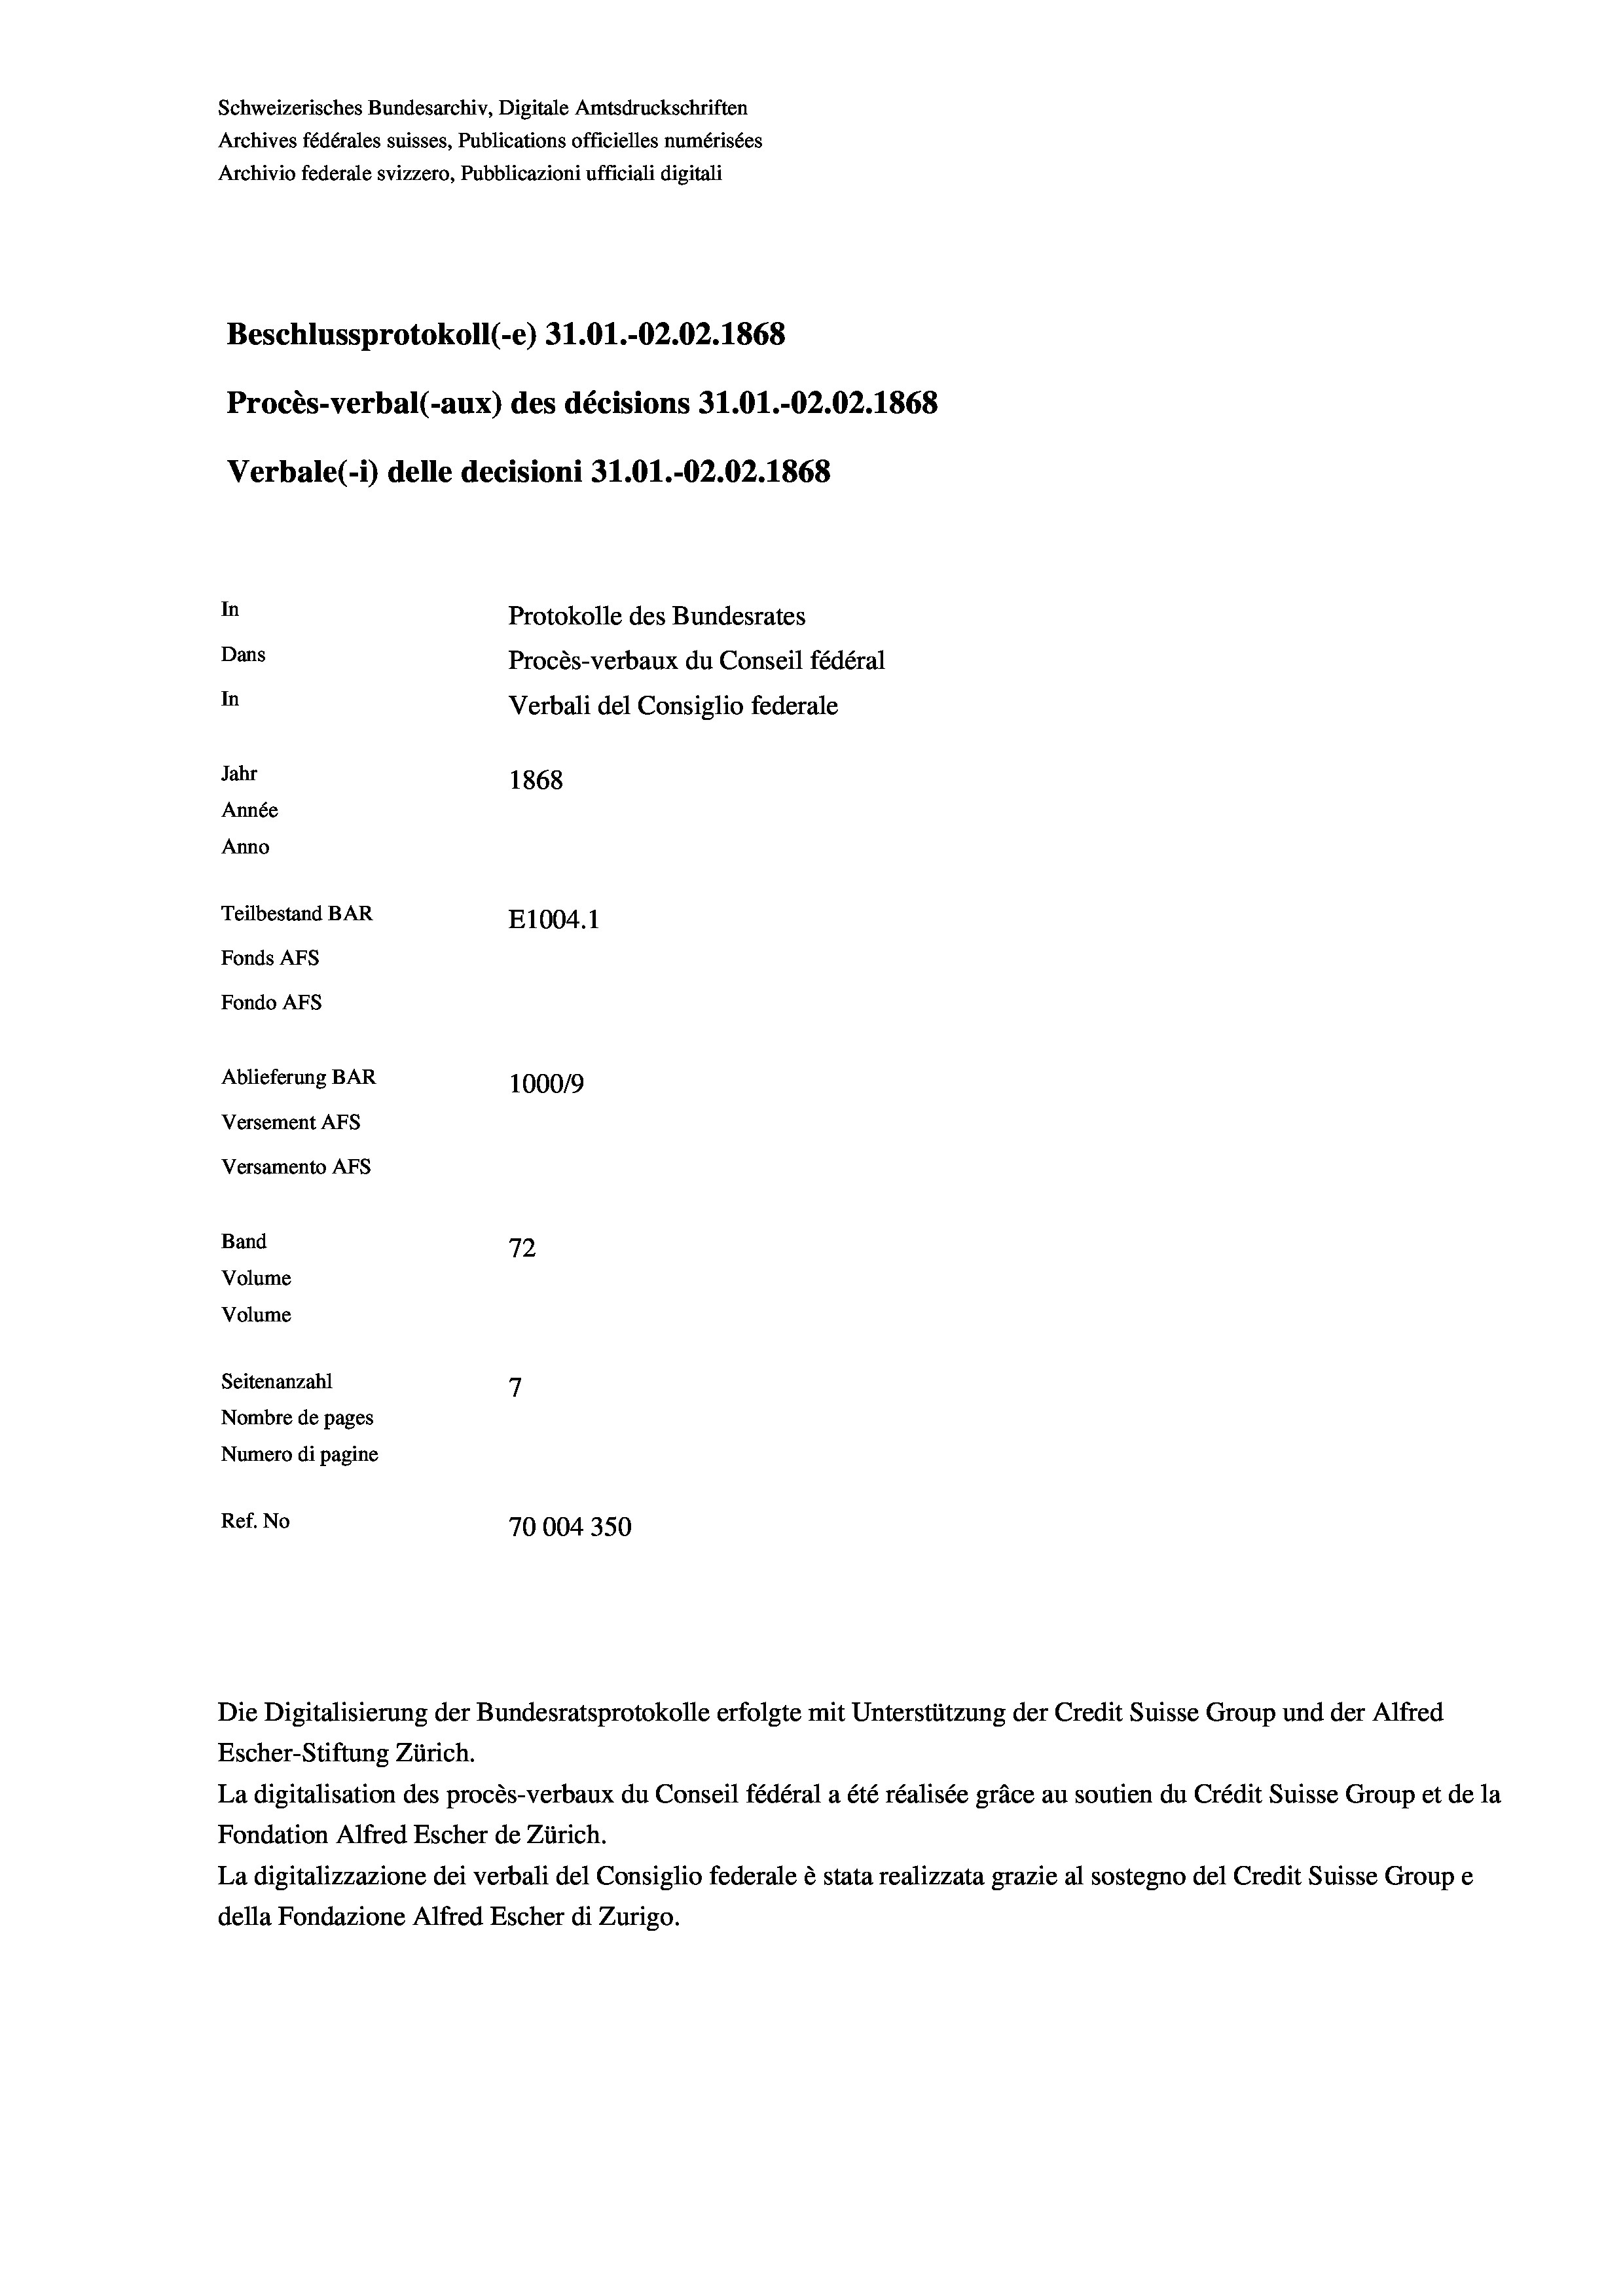
Schweizerisches Bundesarchiv, Digitale Amtsdruckschriften
Archives fédérales suisses, Publications officielles numérisées
Archivio federale svizzero, Pubblicazioni ufficiali digitali
Beschlussprotokoll (-e) 31.01.-O2.02. 1868
Procès-verbal (-aux) des décisions 31.01.-O2.02. 1868
Verbale(-*) delle decisioni 31.01.-O2.02. 1868
In
Protokolle des Bundesrates
Dans
Procès-verbaux du Conseil fédéral
In
Verbali del Consiglio federale
Jahr
1868
Année
Anno
Teilbestand BAR
E1004. 1
Fonds AFs
Fondo AFS
Ablieferung BAR
100019
Versement AFs
Versamento AFs
Band
72
Volume
Volume
7
Seitenanzahl

Nombre de pages
Numero di pagine
Ref. No
70004350

Escher-Stiftung Zürich.
La digitalisation des procès-verbaux du Conseil fédéral a été réalisée gräce au soutien du Crédit Suisse Group et de la
Fondation Alfred Escher de Zürich.
La digitalizzazione dei verbali del Consiglio federale è stata realizzata grazie al sostegno del Credit Suisse Groupe
della Fondazione Alfred Escher di Zurigo.

Die Digitalisierung der Bundesratsprotokolle erfolgte mit Unterstützung der Credit Suisse Group und der Alfred